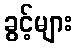
ခွင့်များ